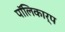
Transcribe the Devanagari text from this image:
पॉलिकार्प